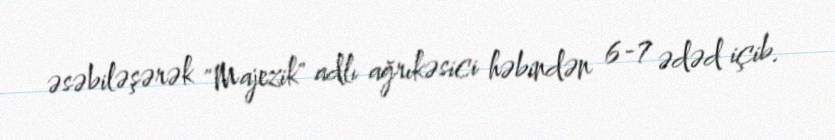
əsəbiləşərək "Majezik" adlı ağrıkəsici həbindən 6-7 ədəd içib.